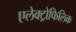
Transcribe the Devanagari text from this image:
एलेक्ट्रोफिलिक